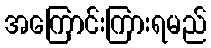
အကြောင်းကြားရမည်